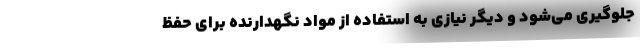
جلوگیری می‌شود و دیگر نیازی به استفاده از مواد نگهدارنده برای حفظ